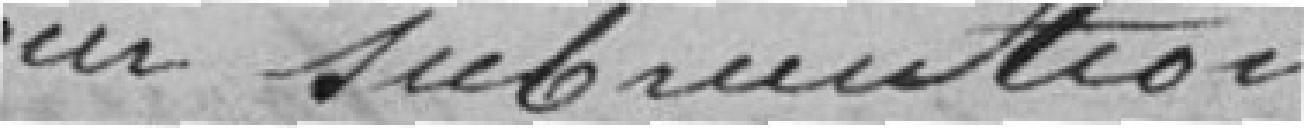
pour subvention